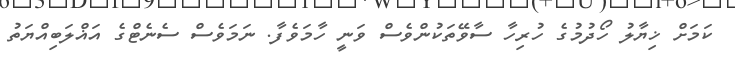
ކަމަށް ޚިޔާލު ހޯދުމުގެ ހުރިހާ ސާވޭތަކުންވެސް ވަނީ ހާމަވެފާ. ނަމަވެސް ސެނެޓްގެ އަޣްލަބިއްޔަތު